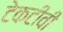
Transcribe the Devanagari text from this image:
टेकटीवी